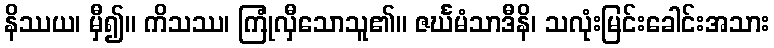
နိဿယ၊ မှီ၍။ ကိသဿ၊ ကြုံလှီသောသူ၏။ ဇင်္ဃမံသာဒီနိ၊ သလုံးမြင်းခေါင်းအသား